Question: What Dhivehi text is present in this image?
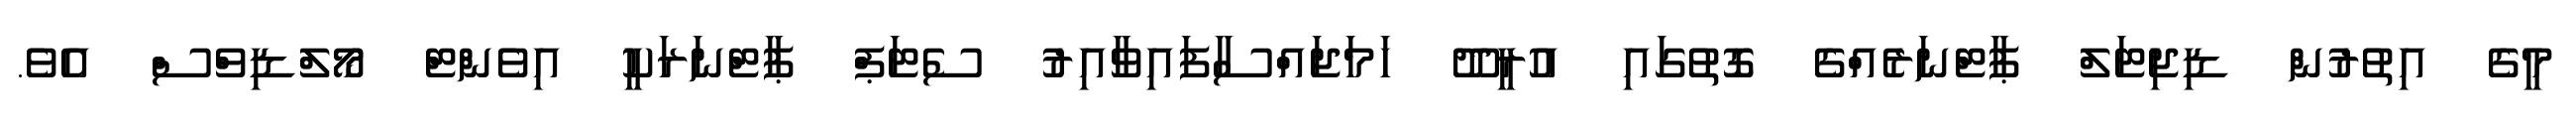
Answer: މީގެ އިތުރުން ޑިޖިޓަލް ޕާޓްނަރެއްގެ ގޮތުގައި އުރީދޫ ހަމަޖައްސާފައިވާއިރު ސެޓަޕް ޕާޓްނަރަކީ އިވެންޓް މޯލްޑިވްސް އެވެ.